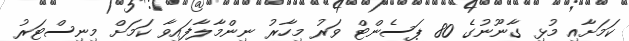
ކަމަށާއި މުޅި ގާނޫނުގެ 80 ޕަސެންޓް ވަރު މިހާރު ނިންމާލާފައިވާ ކަމަށް މިނިސްޓަރު